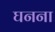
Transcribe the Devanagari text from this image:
घनना